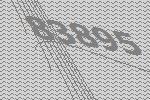
83895